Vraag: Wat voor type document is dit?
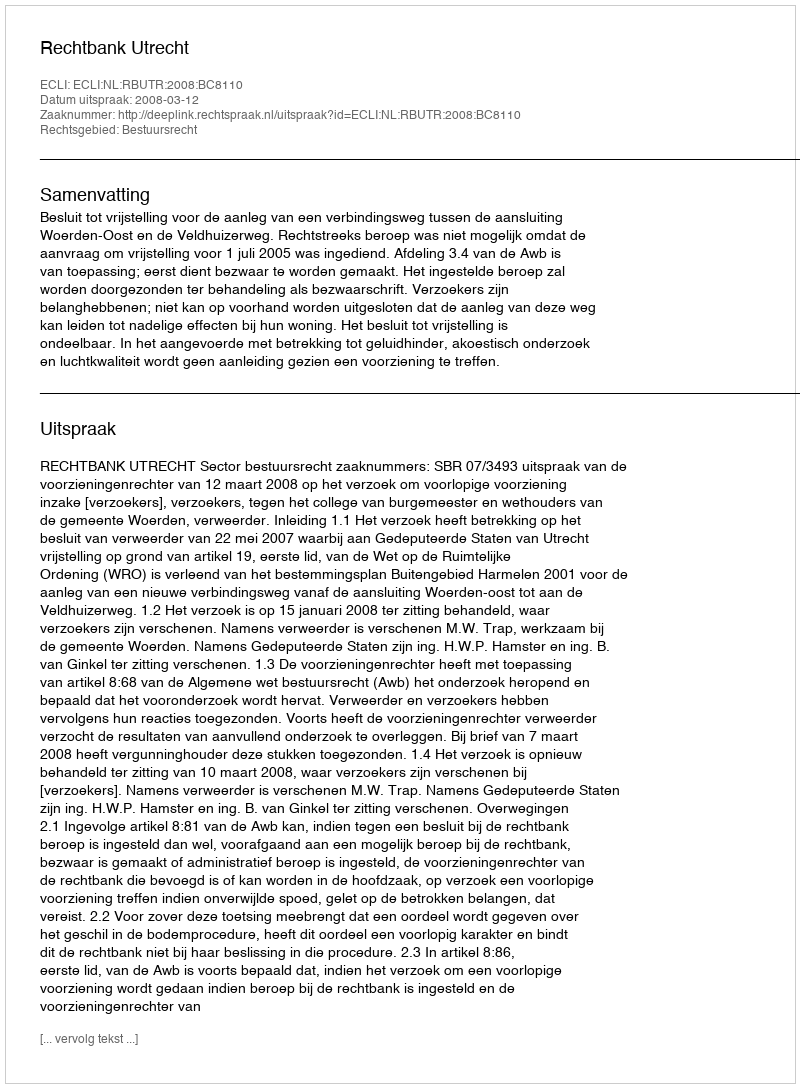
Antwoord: Uitspraak